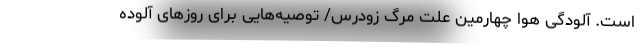
است. آلودگی هوا چهارمین علت مرگ زودرس/ توصیه‌هایی برای روزهای آلوده